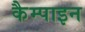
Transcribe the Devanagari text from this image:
कैम्पाइन